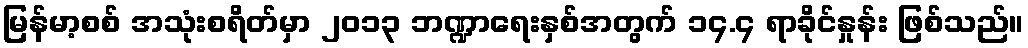
မြန်မာ့စစ် အသုံးစရိတ်မှာ ၂၀၁၃ ဘဏ္ဍာရေးနှစ်အတွက် ၁၄.၄ ရာခိုင်နှုန်း ဖြစ်သည်။